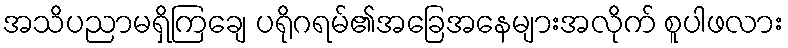
အသိပညာမရှိကြချေ ပရိုဂရမ်၏အခြေအနေများအလိုက် စူပါဖလား